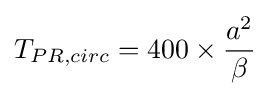
T_{PR,circ}=400\times {a^{2} \over {\beta }}